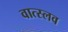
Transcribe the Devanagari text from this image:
वात्स्लव